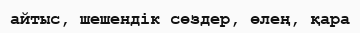
айтыс, шешендік сөздер, өлең, қара